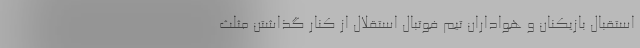
استقبال بازیکنان و هواداران تیم فوتبال استقلال از کنار گذاشتن مثلث